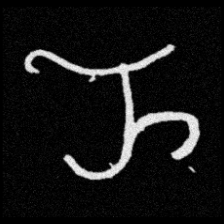
Pyu character \u2014 Myanmar letter: ည (romanized: nya)